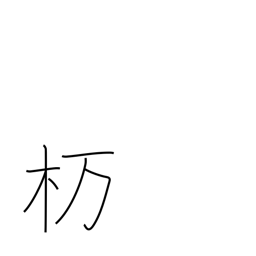
Meaning: type of oak